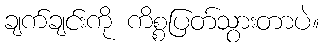
ချက်ချင်းကို ကိစ္စပြတ်သွားတာပဲ။